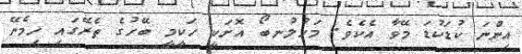
އިންނަ ކުޑަކުޑަ މޭވާ އެކެވެ. މަހުލުނބޯ އޮށަކީ ހަކީމީ ބޭހުގެ ތެރޭގައި ހިމެނޭ